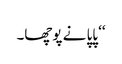
‘‘ پاپا نے پوچھا۔